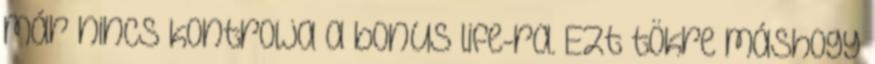
már nincs kontrolja a bonus life-ra. Ezt tökre máshogy